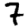
Digit: 7